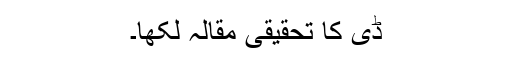
ڈی کا تحقیقی مقالہ لکھا۔